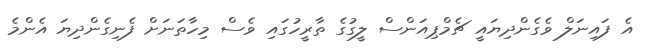
އެ ފައިނަލް ވެގެންދިޔައީ ޗެމްޕިއަންސް ލީގުގެ ތާރީހުގައި ވެސް މިހާތަނަށް ފެނިގެންދިޔަ އެންމެ